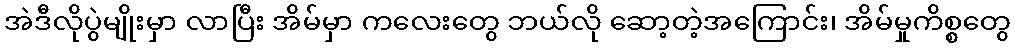
အဲဒီလိုပွဲမျိုးမှာ လာပြီး အိမ်မှာ ကလေးတွေ ဘယ်လို ဆော့တဲ့အကြောင်း၊ အိမ်မှုကိစ္စတွေ